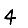
Digit: 4